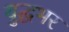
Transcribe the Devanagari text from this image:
युद्धभर